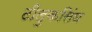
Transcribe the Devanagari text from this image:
टीलुकसिंघ